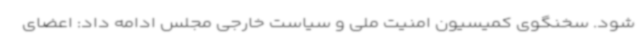
شود. سخنگوی کمیسیون امنیت ملی و سیاست خارجی مجلس ادامه داد: اعضای